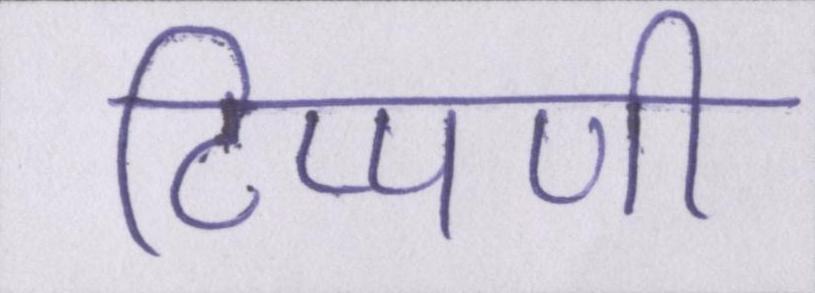
टिप्पणी